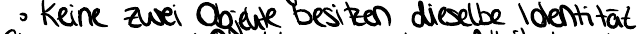
Keine zwei Objekte besitzen dieselbe Indentität